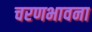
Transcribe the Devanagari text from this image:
चरणभावना